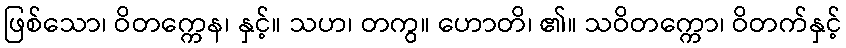
ဖြစ်သော၊ ဝိတက္ကေန၊ နှင့်။ သဟ၊ တကွ။ ဟောတိ၊ ၏။ သဝိတက္ကော၊ ဝိတက်နှင့်